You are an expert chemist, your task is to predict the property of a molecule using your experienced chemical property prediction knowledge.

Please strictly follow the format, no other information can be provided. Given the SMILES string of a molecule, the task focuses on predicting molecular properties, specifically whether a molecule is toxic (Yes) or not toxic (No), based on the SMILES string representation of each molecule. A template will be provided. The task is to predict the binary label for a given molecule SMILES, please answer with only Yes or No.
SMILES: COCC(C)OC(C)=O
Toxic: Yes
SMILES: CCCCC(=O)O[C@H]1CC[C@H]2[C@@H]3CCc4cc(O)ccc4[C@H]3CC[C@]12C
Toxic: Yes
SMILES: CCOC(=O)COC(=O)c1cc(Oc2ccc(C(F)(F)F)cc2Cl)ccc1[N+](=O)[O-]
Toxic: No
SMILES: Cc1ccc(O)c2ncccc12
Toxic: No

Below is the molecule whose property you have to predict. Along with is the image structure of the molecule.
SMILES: CCCCC/C=C\CCC=O
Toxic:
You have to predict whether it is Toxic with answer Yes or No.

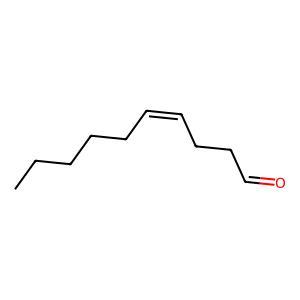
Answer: No